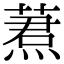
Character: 蔒